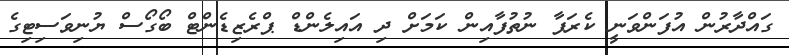
ގައްދާރުން އުފަންވަނީ ކެރަފާ ނުތުފާއިން ކަމަށް ދި އައިލެންޑް ޕްރެޒިޑެންޓް ބޯގޯސް ޔުނިވަސިޓިގެ